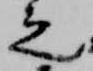
之